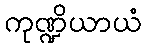
ကုဏ္ဍိယာယံ